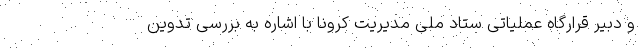
و دبیر قرارگاه عملیاتی ستاد ملی مدیریت کرونا با اشاره به بررسی تدوین